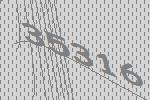
35316